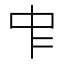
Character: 𠁦